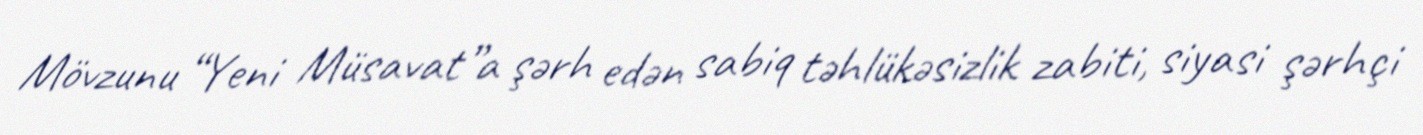
Mövzunu “Yeni Müsavat”a şərh edən sabiq təhlükəsizlik zabiti, siyasi şərhçi